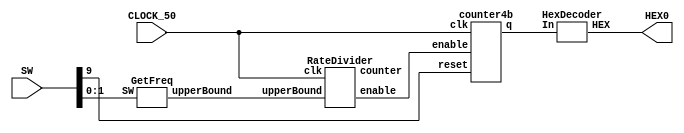
module DisplayCounter(SW, HEX0, CLOCK_50);
	input [9:0] SW;
	input CLOCK_50;
	output [6:0] HEX0;
	
	wire [3:0] Q;
	wire enable;
	wire [27:0] upperBound, counter;
	
	reg reset;
	reg [1:0] Sel;
	
	always @(*)
	begin
		reset= SW[9];
		Sel = SW[1:0];
	end
	
	GetFreq f(Sel, upperBound);
	RateDivider r(CLOCK_50, upperBound, enable,counter);
	counter4b c(enable, CLOCK_50, reset, Q);
	HexDecoder h0(Q, HEX0);
endmodule

module GetFreq(SW, upperBound);
	input [1:0] SW;
	output reg [27:0] upperBound;
	always @(*)
		case(SW[1:0])
			2'b00: upperBound = 27'b0;
			2'b01: upperBound = 27'b001011111010111100000111111;
			2'b10: upperBound = 27'b010111110101111000001111111;
			2'b11: upperBound = 27'b101111101011110000011111111;
		endcase
endmodule

module RateDivider(clk, upperBound, enable, counter);
	input clk;
	input [27:0] upperBound; 
	output reg enable;
	output reg [27:0] counter;
	always @(posedge clk)
	begin
		if (counter === 27'bx)
		begin
			counter <= 27'b0;
		end 
		else if (counter == upperBound)
		begin
			enable= 1'b1;
			counter <= 27'b0;
		end
		else
		begin
			enable = 1'b0;
			counter <= counter + 1 ;
		end
	end
		
endmodule 

module counter4b(enable, clk, reset, q);
	input enable, clk, reset; 
	output reg [3:0] q;
	always @(posedge clk) 
	begin
		if (reset == 1'b1) 
		begin
			q <= 0; 
		end
		else if (enable == 1'b1) 
		begin
			q <= q + 1; 
		end
	end
endmodule


module HexDecoder (In, HEX);
	input [3:0] In;
	output [6:0] HEX;

	assign c0 = In[0];
	assign c1 = In[1];
	assign c2 = In[2];
	assign c3 = In[3];
	
	assign HEX[0] = (~c3 & ~c2 & ~c1 & c0) + (~c3 & c2 & ~c1 & ~c0) + (c3 & ~c2 & c1 & c0) + (c3 & c2 & ~c1 & c0);
	assign HEX[1] = (~c3 & c2 & ~c1 & c0) + (~c3 & c2 & c1 & ~c0) + (c3 & ~c2 & c1 & c0) + (c3 & c2 & ~c1 & ~c0) + (c3 & c2 & c1 & ~c0) + (c3 & c2 & c1 & c0);
	assign HEX[2] = (~c3 & ~c2 & c1 & ~c0) + (c3 & c2 & ~c1 & ~c0) + (c3 & c2 & c1 & ~c0) + (c3 & c2 & c1 & c0);
	assign HEX[3] = (~c3 & ~c2 & ~c1 & c0) + (~c3 & c2 & ~c1 & ~c0) + (~c3 & c2 & c1 & c0) + (c3 & ~c2 & ~c1 & c0) + (c3 & ~c2 & c1 & ~c0) + (c3 & c2 & c1 & c0);
	assign HEX[4] = (~c3 & ~c2 & ~c1 & c0) + (~c3 & ~c2 & c1 & c0) + (~c3 & c2 & ~c1 & ~c0) + (~c3 & c2 & ~c1 & c0) + (~c3 & c2 & c1 & c0) + (c3 & ~c2 & ~c1 & c0);
	assign HEX[5] = (~c3 & ~c2 & ~c1 & c0) + (~c3 & ~c2 & c1 & ~c0) + (~c3 & ~c2 & c1 & c0) + (~c3 & c2 & c1 & c0) + (c3 & c2 & ~c1 & c0);
	assign HEX[6] = (~c3 & ~c2 & ~c1 & ~c0) + (~c3 & ~c2 & ~c1 & c0) + (~c3 & c2 & c1 & c0) + (c3 & c2 & ~c1 & ~c0);
endmodule